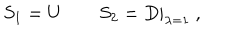
S _ { 1 } = U \qquad S _ { 2 } = D | _ { \lambda = 1 } \ ,